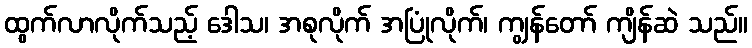
ထွက်လာလိုက်သည့် ဒေါသ၊ အစုလိုက် အပြုံလိုက်၊ ကျွန်တော် ကျိန်ဆဲ သည်။